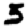
Digit: 5